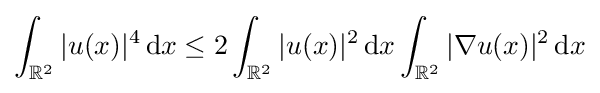
\int _{\mathbb {R} ^{2}}|u(x)|^{4}\,\mathrm {d} x\leq 2\int _{\mathbb {R} ^{2}}|u(x)|^{2}\,\mathrm {d} x\int _{\mathbb {R} ^{2}}|\nabla u(x)|^{2}\,\mathrm {d} x